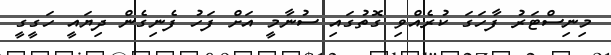
މިނިސްޓަރު ފާހަގަ ކުރެއްވި ގޮތުގައި ސުނާމީ އަށް ފަހު ފެނިގެން ދިޔައީ ހަގީގީ